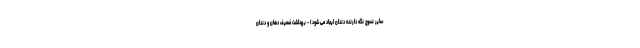
سایر نسوج نگه دارنده دندان ایجاد می شود) - بهداشت ضعیف دهان و دندان